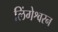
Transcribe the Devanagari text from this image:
लिंगेश्वरन